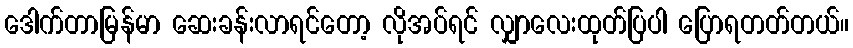
ဒေါက်တာမြန်မာ ဆေးခန်းလာရင်တော့ လိုအပ်ရင် လျှာလေးထုတ်ပြပါ ပြောရတတ်တယ်။